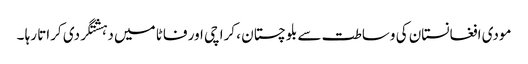
مودی افغانستان کی وساطت سے بلوچستان ، کراچی اور فاٹا میں دہشتگردی کراتا رہا ۔